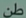
طَنْ